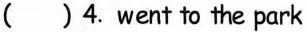
( )4.went to the park